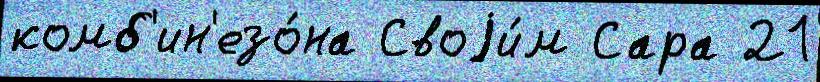
комб'ин'езо́на Своjи́м Сара 21